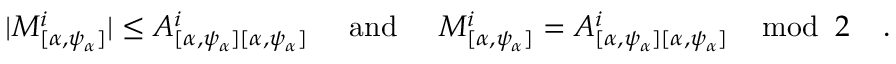
| M _ { [ \alpha , \psi _ { \alpha } ] } ^ { i } | \leq A _ { [ \alpha , \psi _ { \alpha } ] [ \alpha , \psi _ { \alpha } ] } ^ { i } \; \; \; \; \; \mathrm { a n d } \; \; \; \; \; M _ { [ \alpha , \psi _ { \alpha } ] } ^ { i } = A _ { [ \alpha , \psi _ { \alpha } ] [ \alpha , \psi _ { \alpha } ] } ^ { i } \; \; \; \; \mathrm { m o d } \; \; 2 \; \; \; \; .